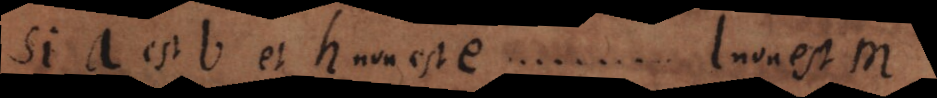
Si a est b et h non est e sequitur quod l non est m